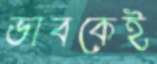
ভাবকেই